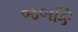
જબકિ